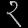
Digit: ၃